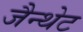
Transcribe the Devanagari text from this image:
जैन्थेट